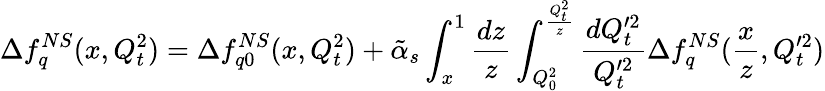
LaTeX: \Delta f_{q}^{NS}(x,Q_{t}^{2})=\Delta f_{q0}^{NS}(x,Q_{t}^{2})+\tilde{\alpha}_{s}\int_{x}^{1}{\frac{dz}{z}}\int_{Q_{0}^{2}}^{{\frac{Q_{t}^{2}}{z}}}{\frac{dQ_{t}^{\prime 2}}{Q_{t}^{\prime 2}}}\Delta f_{q}^{NS}({\frac{x}{z}},Q_{t}^{\prime 2})